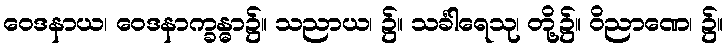
ဝေဒနာယ၊ ဝေဒနာက္ခန္ဓာ၌။ သညာယ၊ ၌။ သင်္ခါရေသု၊ တို့၌။ ဝိညာဏေ၊ ၌။